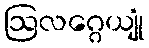
ဩလဂ္ဂေယျုံ